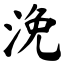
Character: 浼